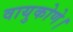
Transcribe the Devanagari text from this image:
वायुकोणे।